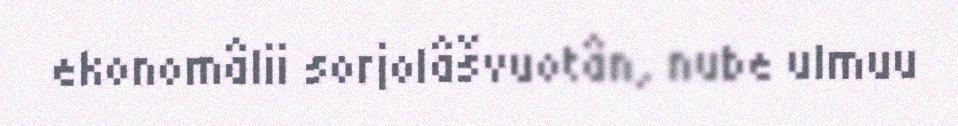
ekonomâlii sorjolâšvuotân, nube ulmuu